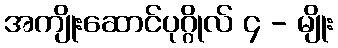
အကျိုးဆောင်ပုဂ္ဂိုလ် ၄ - မျိုး